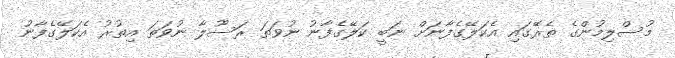
މުސްލިމުންގެ ތެރޭގައި އެކަލޭގެފާނަށް ނަބީ ކަލޭގެފާނު ނުވަތަ ރަސޫލާ ނުވަތަ އިތުރު އެކަލޭގެފާނު